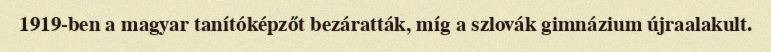
1919-ben a magyar tanítóképzőt bezáratták, míg a szlovák gimnázium újraalakult.